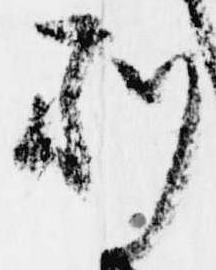
別